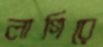
লাগিরে